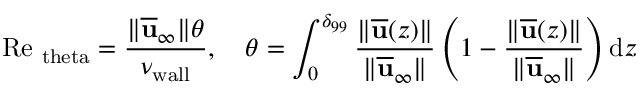
\mathrm { R e } _ { \mathrm { \ t h e t a } } = \frac { \Vert \overline { { \mathbf { u } } } _ { \infty } \Vert \theta } { \nu _ { \mathrm { w a l l } } } , \quad \theta = \int _ { 0 } ^ { \delta _ { 9 9 } } \frac { \Vert \overline { { \mathbf { u } } } ( z ) \Vert } { \Vert \overline { { \mathbf { u } } } _ { \infty } \Vert } \left( 1 - \frac { \Vert \overline { { \mathbf { u } } } ( z ) \Vert } { \Vert \overline { { \mathbf { u } } } _ { \infty } \Vert } \right) \mathrm d z